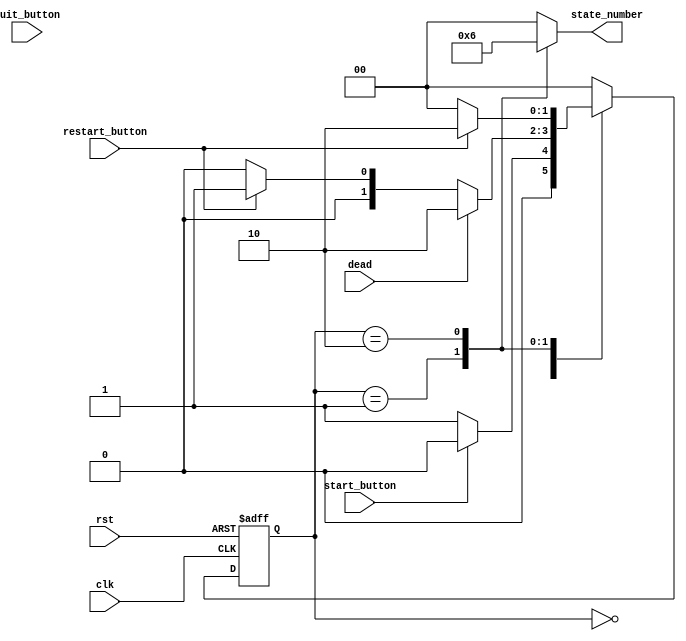
    `timescale 1ns/1ns
module Top_logic #
(
    //
    parameter start_scene = 2'b00,
    parameter gameplay_scene = 2'b01,
    //parameter pause_scene = 2'b11,
    parameter gameover_scene = 2'b10 //
)
(
    input clk,
    input rst,
    input start_button,          //
    //input pause_button,          //
    //input continue_button,       //
    input restart_button,        //
    input quit_button,           //
    input dead,                  //
    
    output reg[1:0] state_number
);

reg[1:0] state, next_state;


always @(posedge clk or negedge rst) begin
    if(!rst) state <= start_scene;
    else state <= next_state;
end

always @(*) begin
    begin
        case(state)
            start_scene:begin
               if(!start_button) next_state <= gameplay_scene; 
               else             next_state <= start_scene;
            end 

            gameplay_scene:begin
               if(dead)                 next_state <= gameover_scene;
               else if(!restart_button)  next_state <= start_scene;
               else                     next_state <= gameplay_scene; 
            end

            /*
            pause_scene:begin
                if(continue_button)     next_state <= gameplay_scene;
                else if(quit_button)    next_state <= start_scene;
                else                    next_state <= pause_scene;
            end
            */

            gameover_scene:begin
                if(!restart_button)      next_state <=start_scene;
                else                    next_state <= gameover_scene;    
            end

            default: next_state <= start_scene;
        endcase
    end
end

always @(*) begin
    case(state)
        start_scene:    state_number <= 2'b00;
        gameplay_scene: state_number <= 2'b01;
        //pause_scene:    state_number <= 2'b11;
        gameover_scene: state_number <= 2'b10;
        default:        state_number <= 2'b00;
    endcase
end


endmodule  //Top_logic